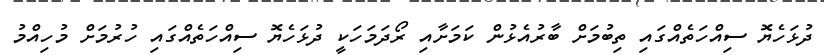
ދުޅަހެޔޮ ސިއްހަތެއްގައި ތިބުމަށް ބާރުއެޅުން ކަމަށާއި ރޯދަމަހަކީ ދުޅަހެޔޮ ސިއްހަތެއްގައި ހުރުމަށް މުހިއްމު